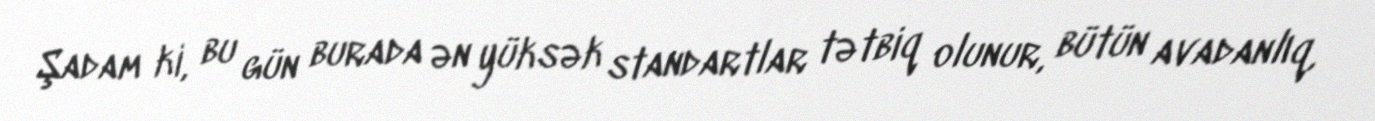
Şadam ki, bu gün burada ən yüksək standartlar tətbiq olunur, bütün avadanlıq,